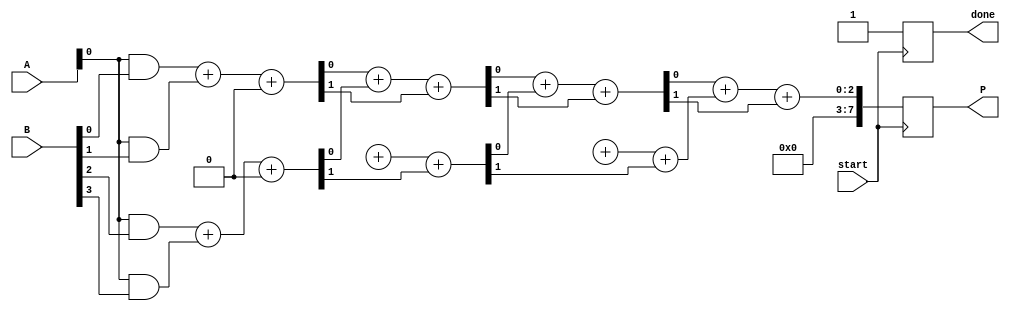
module async_wallace_tree_multiplier #(parameter N = 4) (
    input [N-1:0] A,
    input [N-1:0] B,
    input start,
    output reg [2*N-1:0] P,
    output reg done
);

    reg [N-1:0] partial_products[N-1:0];
    reg [2*N-1:0] sum [N:0]; // Intermediate sums
    reg [N:0] carry [N:0];   // Carry bits
    reg [N:0] ready;         // Ready signals for each layer
    integer i, j;

    initial begin
        P = 0;
        done = 0;
        ready = 0;
    end

    // Generate partial products
    always @(*) begin
        for (i = 0; i < N; i = i + 1) begin
            partial_products[i] = A & {N{B[i]}};
        end
    end

    // Wallace Tree Reduction
    always @(posedge start) begin
        // Initialize sums and carries
        for (i = 0; i < N; i = i + 1) begin
            sum[0][i] = partial_products[i];
            carry[0][i] = 0;
        end

        // Reduction process
        for (i = 0; i < N-1; i = i + 1) begin
            for (j = 0; j < (N + 1) / 2; j = j + 1) begin
                {carry[i+1][j], sum[i+1][j]} = sum[i][2*j] + sum[i][2*j + 1] + carry[i][j];
            end
            ready[i] = 1; // Indicate that this layer is ready
        end

        // Final addition
        P = sum[N-1][0] + sum[N-1][1] + carry[N-1][0];
        done = 1; // Indicate that multiplication is done
    end

endmodule